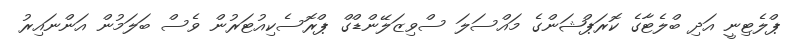
ޕްލެޓިނީ އަދި ބްލެޓާގެ ކޮރަޕްޝަންގެ މައްސަލަ ސްވިޒަލޭންޑްގް ޕްރޮސެކިއުޓަރުން ވެސް ބަލަމުން އަންނައިރު